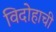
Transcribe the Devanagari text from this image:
विदोहाची